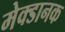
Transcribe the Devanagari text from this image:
मेक्डानक